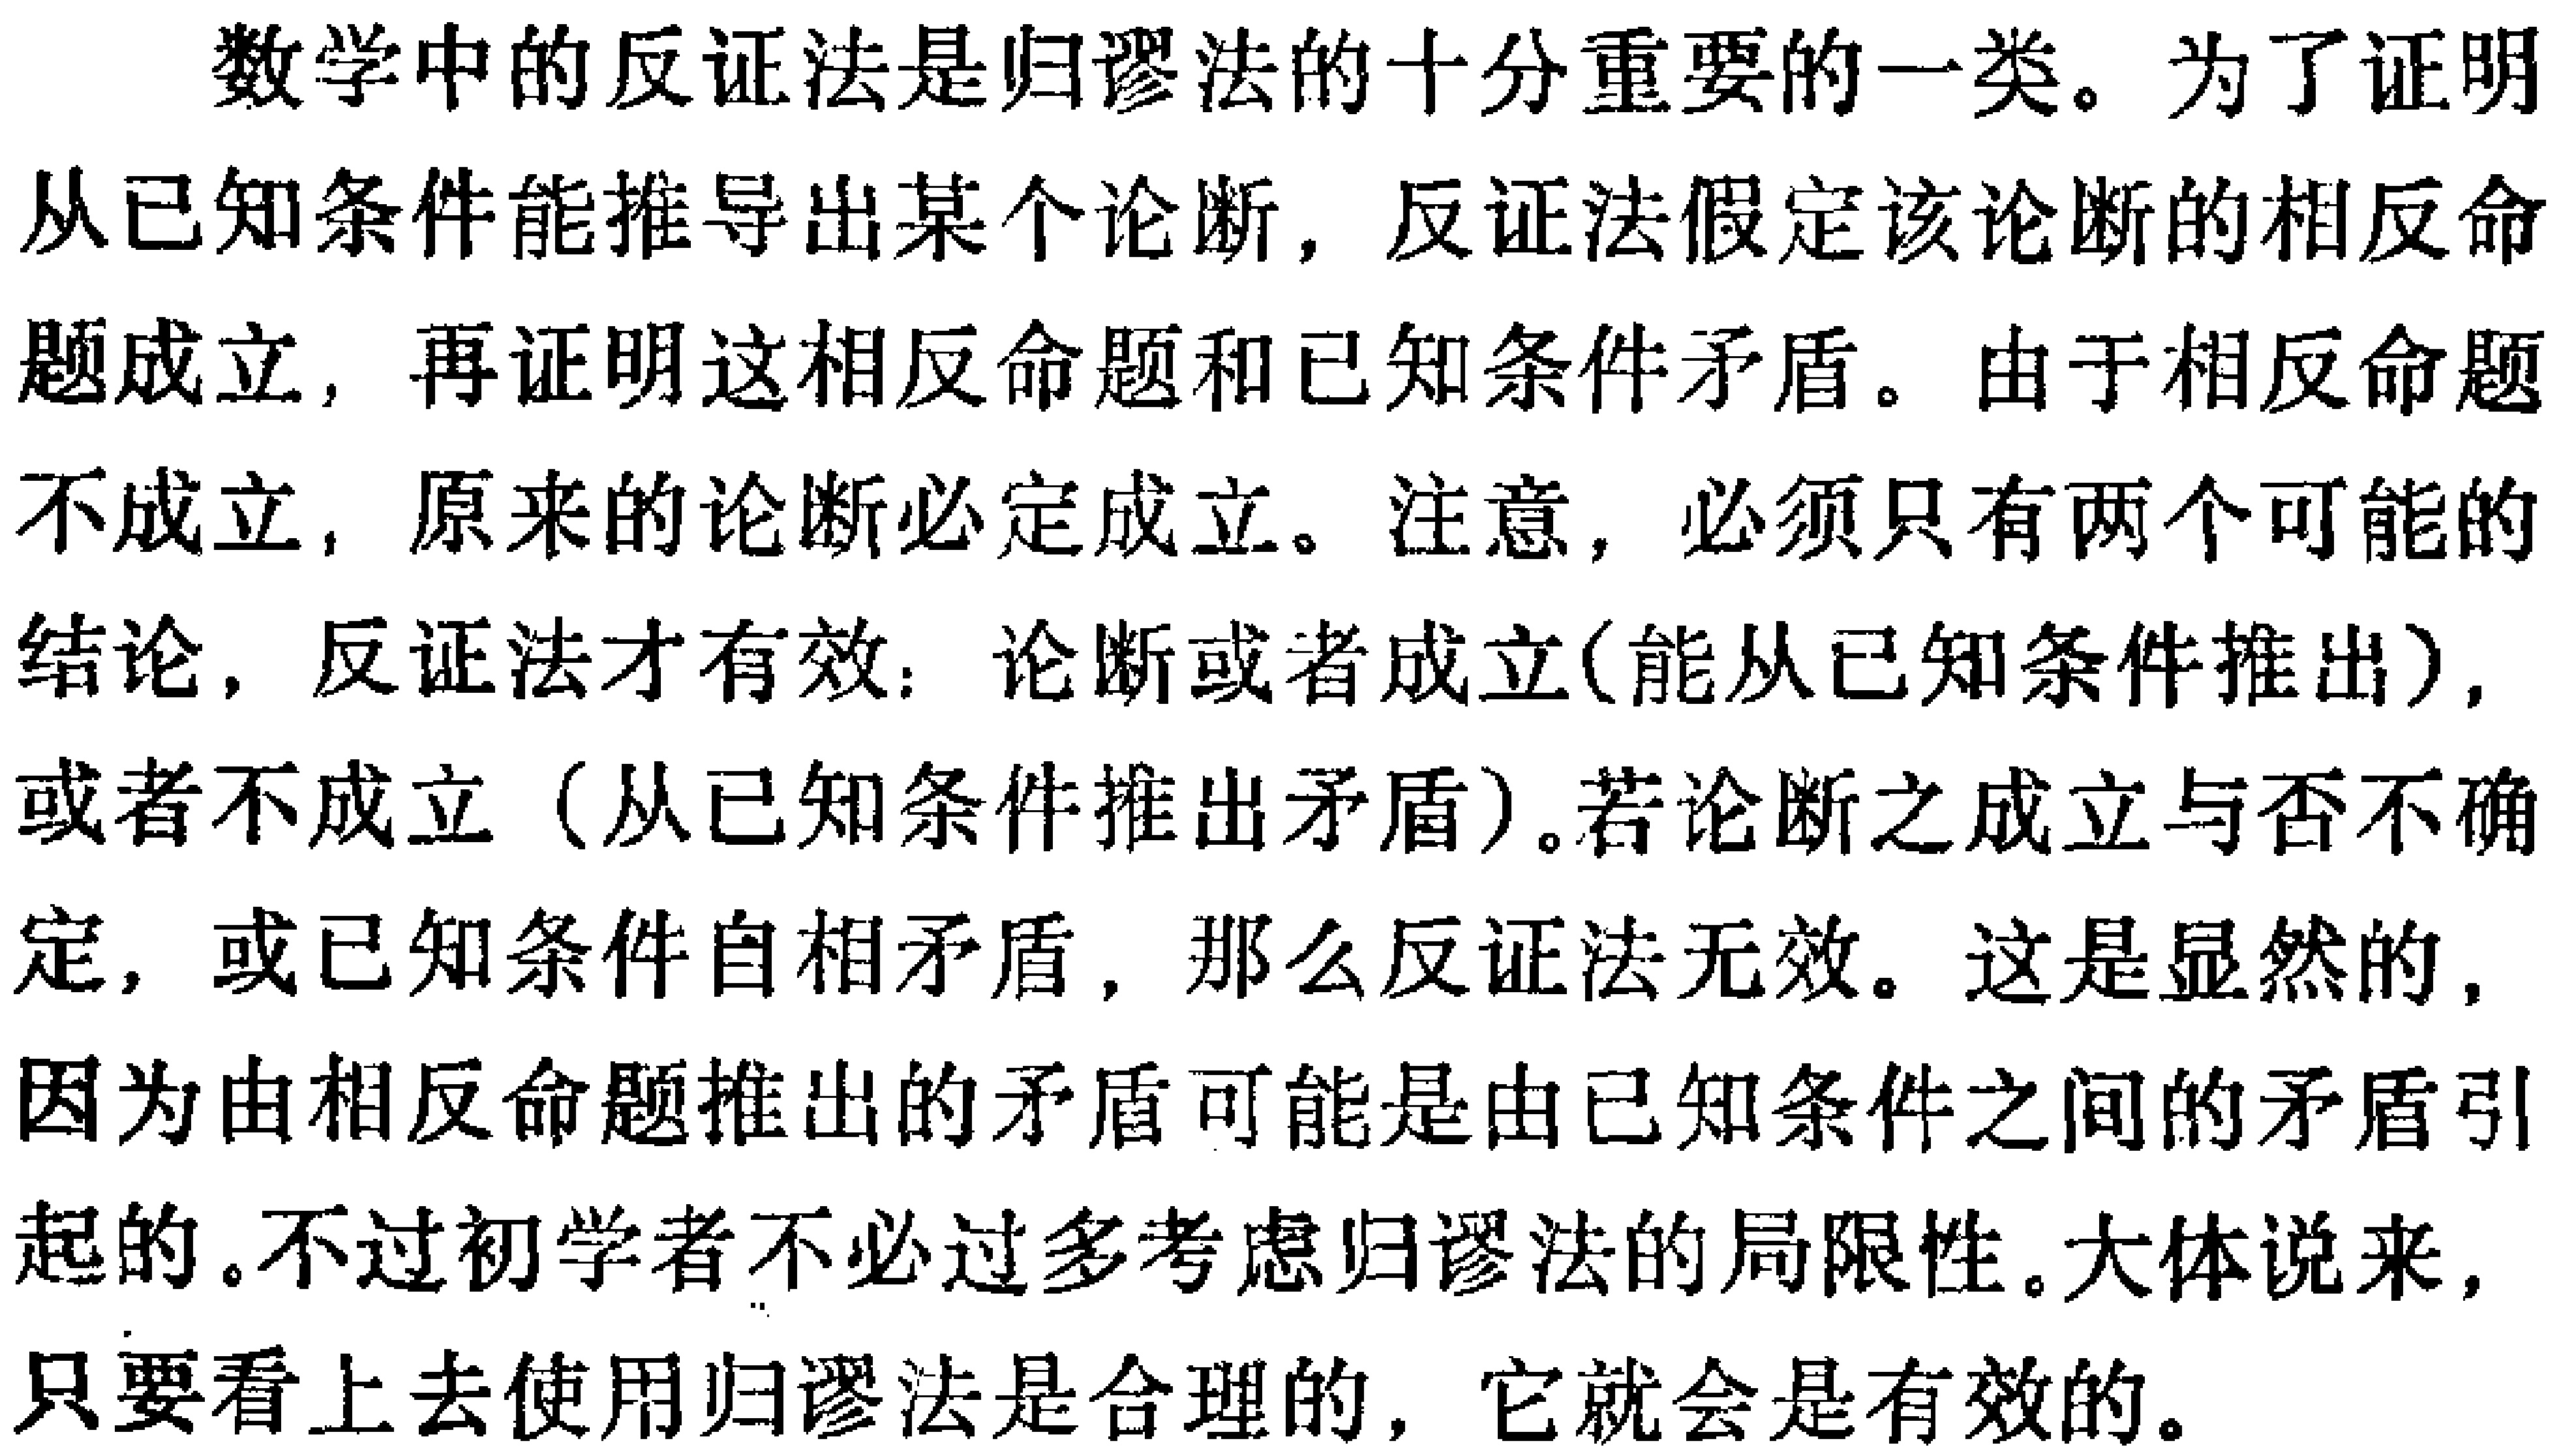
数学中的反证法是归谬法的十分重要的一类。为了证明从已知条件能推导出某个论断，反证法假定该论断的相反命题成立，再证明这相反命题和已知条件矛盾。由于相反命题不成立，原来的论断必定成立。注意，必须只有两个可能的结论，反证法才有效：论断或者成立(能从已知条件推出)，或者不成立（从已知条件推出矛盾）。若论断之成立与否不确定，或已知条件自相矛盾，那么反证法无效。这是显然的，因为由相反命题推出的矛盾可能是由已知条件之间的矛盾引起的。不过初学者不必过多考虑归谬法的局限性。大体说来，只要看上去使用归谬法是合理的，它就会是有效的。